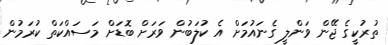
ތުރުކީގެ ޖޭން ވަންލީ ގެނައުމަށް އެ ކުލަބުން ވަރަށް ބޮޑަށް މަސައްކަތް ކުރަމުން